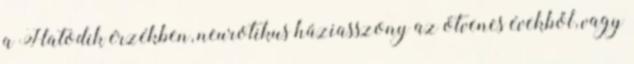
a Hatodik érzékben, neurotikus háziasszony az ötvenes évekből, vagy